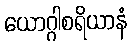
ယောဂ္ဂါစရိယာနံ